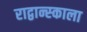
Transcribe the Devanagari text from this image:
राद्वान्स्काला